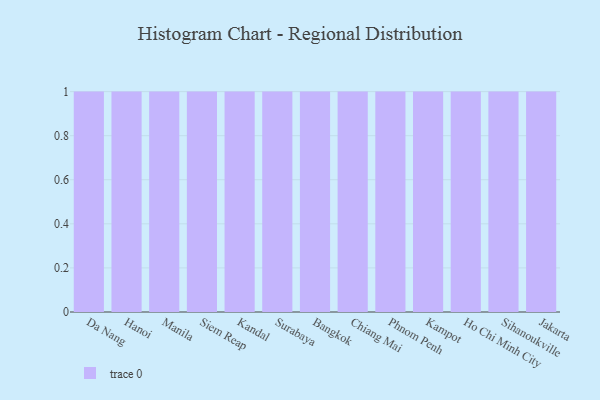
{"axis": {"x": "City", "y": "Conversion Rate (%)"}, "legend": [""], "data": [{"x": "Da Nang", "y": 38, "type": ""}, {"x": "Hanoi", "y": 86, "type": ""}, {"x": "Manila", "y": 14, "type": ""}, {"x": "Siem Reap", "y": 4, "type": ""}, {"x": "Kandal", "y": 99, "type": ""}, {"x": "Surabaya", "y": 45, "type": ""}, {"x": "Bangkok", "y": 58, "type": ""}, {"x": "Chiang Mai", "y": 12, "type": ""}, {"x": "Phnom Penh", "y": 79, "type": ""}, {"x": "Kampot", "y": 65, "type": ""}, {"x": "Ho Chi Minh City", "y": 17, "type": ""}, {"x": "Sihanoukville", "y": 63, "type": ""}, {"x": "Jakarta", "y": 81, "type": ""}]}